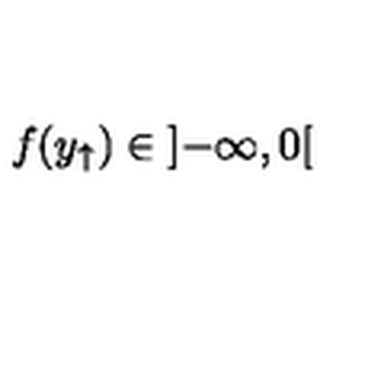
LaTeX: f ( y _ { \uparrow } ) \in \left] - \infty , 0 \right[